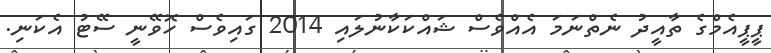
ޕީޕީއެމްގެ ތާއީދު ނެތްނަމަ އެއްވެސް ޝައްކަކާނުލައި 2014 ގައިވެސް ހޮވޭނީ ސޭޓު އެކަނި.